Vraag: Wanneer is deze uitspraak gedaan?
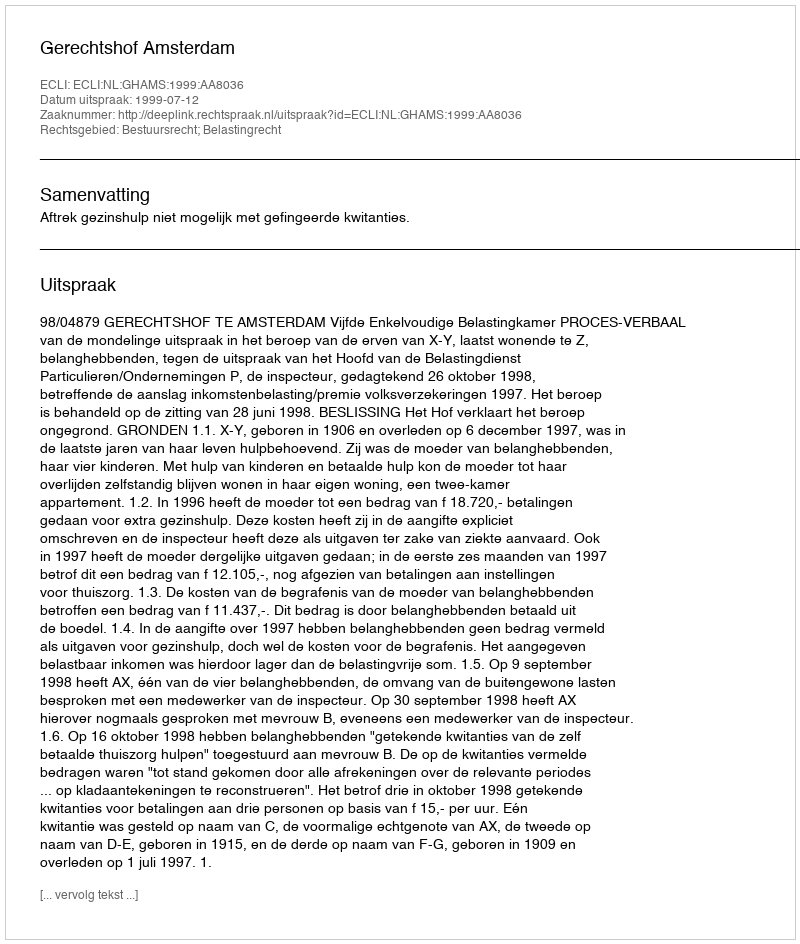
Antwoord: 1999-07-12